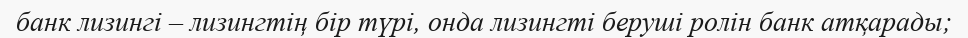
банк лизингі – лизингтің бір түрі, онда лизингті беруші ролін банк атқарады;